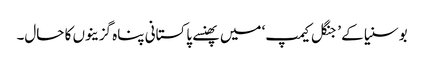
بوسنیا کے ’جنگل کیمپ‘ میں پھنسے پاکستانی پناہ گزینوں کا حال۔